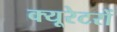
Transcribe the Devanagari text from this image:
क्यूरेटरों